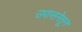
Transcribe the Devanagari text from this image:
उपासनेतून